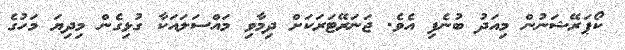
ކޯޕަރޭޝަނުން މިއަދު ބުނެފި އެވެ. ޖަނަރޭޓަރަކަށް ދިމާވި މައްސަލައަކާ ގުޅިގެން މިދިޔަ މަހުގެ